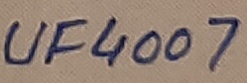
Text: UF4007